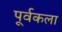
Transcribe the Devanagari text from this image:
पूर्वकला